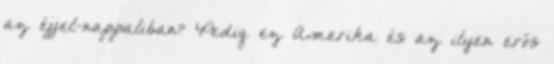
az éjjel-nappaliban? Pedig ez Amerika és az ilyen erős